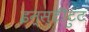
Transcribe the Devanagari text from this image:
इन्स्टीटुट